Report of the Indian Hemp Drugs Commission, 1894-1895 - Volume I
Year: 1894
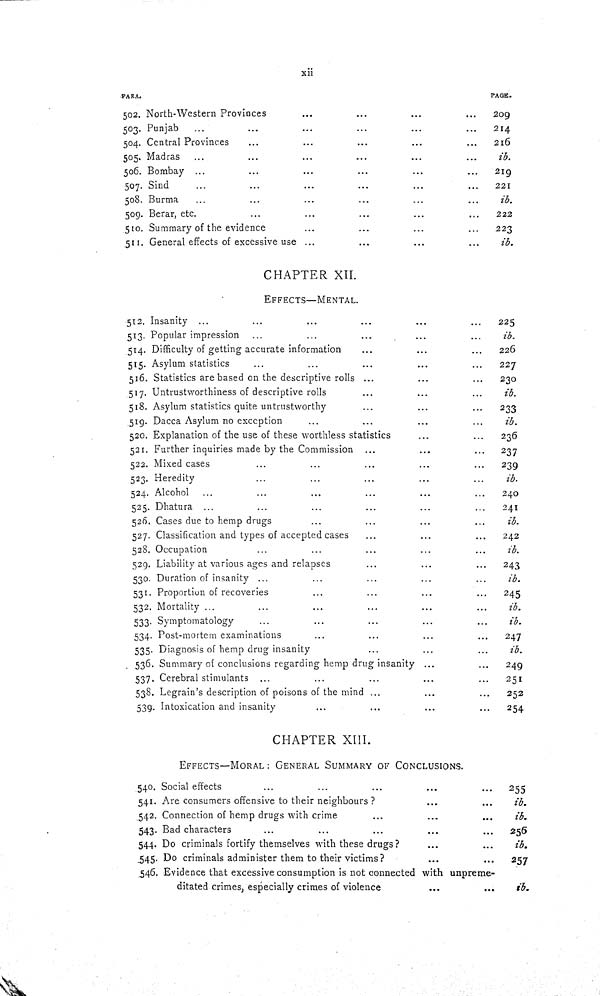
xii
PARA.
PAGE.
502. North-Western Provinces
209
503. Punjab
214
504. Central Provinces
216
505. Madras
ib.
506. Bombay
219
507. Sind
221
508. Burma
ib.
509. Berar, etc.
222
510. Summary of the evidence
223
511. General effects of excessive use
ib.
CHAPTER XII.
EFFECTS—MENTAL.
512. Insanity
225
513. Popular impression
ib.
514. Difficulty of getting accurate information
226
515. Asylum statistics
227
516. Statistics are based on the descriptive rolls
230
517. Untrustworthiness of descriptive rolls
ib.
518. Asylum statistics quite untrustworthy
233
519. Dacca Asylum no exception
ib.
520. Explanation of the use of these worthless statistics
236
521. Further inquiries made by the Commission
237
522. Mixed cases
239
523. Heredity
ib.
524. Alcohol
240
525. Dhatura
241
526. Cases due to hemp drugs
ib.
527. Classification and types of accepted cases
242
528. Occupation
ib.
529. Liability at various ages and relapses
243
530. Duration of insanity
ib.
531. Proportion of recoveries
245
532. Mortality
ib.
533. Symptomatology
ib.
534. Post-mortem examinations
247
535. Diagnosis of hemp drug insanity
ib.
536. Summary of conclusions regarding hemp drug insanity
249
537. Cerebral stimulants
251
538. Legrain's description of poisons of the mind
252
539. Intoxication and insanity
254
CHAPTER XIII.
EFFECTS—MORAL: GENERAL SUMMARY OF CONCLUSIONS.
540. Social effects
255
541. Are consumers offensive to their neighbours?
ib.
542. Connection of hemp drugs with crime
ib.
543. Bad characters
256
544. Do criminals fortify themselves with these drugs?
ib.
545. Do criminals administer them to their victims?
257
546. Evidence that excessive consumption is not connected with unpreme-
ditated crimes, especially crimes of violence
ib.